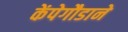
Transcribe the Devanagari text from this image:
केंपेगौडाने